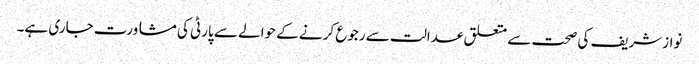
نوازشریف کی صحت سے متعلق عدالت سے رجوع کرنے کے حوالے سے پارٹی کی مشاورت جاری ہے۔